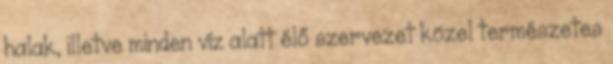
halak, illetve minden víz alatt élő szervezet közel természetes